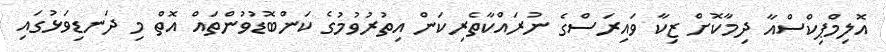
އޮލިމްޕިކްސްއާ ދިމާކޮށް ޒިކާ ވައިރަސްގެ ނުރައްކާތެރިކަން އިތުރުވުމުގެ ކަންބޮޑުވުންތައް އޮތް މި ދަނޑިވަޅުގައި